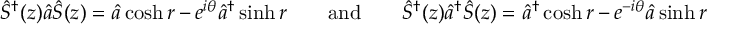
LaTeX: { \hat { S } } ^ { \dagger } ( z ) { \hat { a } } { \hat { S } } ( z ) = { \hat { a } } \cosh r - e ^ { i \theta } { \hat { a } } ^ { \dagger } \sinh r \qquad { \mathrm { a n d } } \qquad { \hat { S } } ^ { \dagger } ( z ) { \hat { a } } ^ { \dagger } { \hat { S } } ( z ) = { \hat { a } } ^ { \dagger } \cosh r - e ^ { - i \theta } { \hat { a } } \sinh r